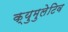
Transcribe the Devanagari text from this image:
क्युमुलेटिव